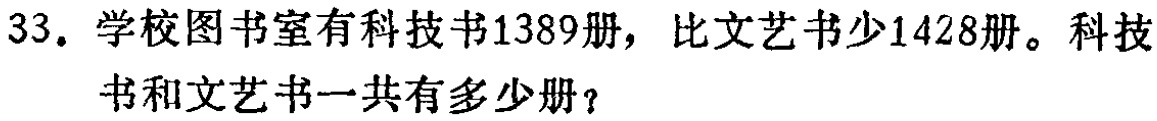
33. 学校图书室有科技书1389册，比文艺书少1428册。科技书和文艺书一共有多少册？